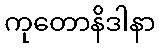
ကုတောနိဒါနာ